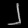
Digit: ၂